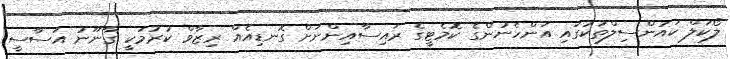
ލޯކަލް ކައުންސިލްތަކުގައި އަންހެނުންގެ ކޮމެޓީގެ ރައިސާއިންނަށް ގޮނޑިއެއް ރިޒާވް ކުރުމަކީ ގާނޫނު އަސާސީ